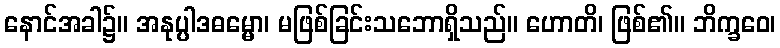
နောင်အခါ၌။ အနုပ္ပါဒဓမ္မော၊ မဖြစ်ခြင်းသဘောရှိသည်။ ဟောတိ၊ ဖြစ်၏။ ဘိက္ခဝေ၊